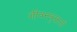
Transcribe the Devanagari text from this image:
जीवनवृत्तातों